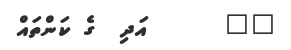
٢٤      އަދި  ގެ ކަންތައް